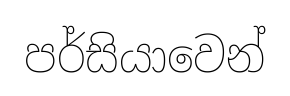
පර්සියාවෙන්